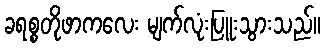
ခရစ္စတိုဖာကလေး မျက်လုံးပြူးသွားသည်။